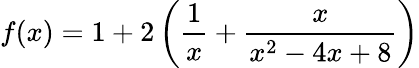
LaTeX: f(x)=1+2\left({\frac{1}{x}}+{\frac{x}{x^{2}-4x+8}}\right)